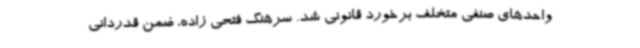
واحدهای صنفی متخلف برخورد قانونی شد. سرهنگ فتحی زاده، ضمن قدردانی